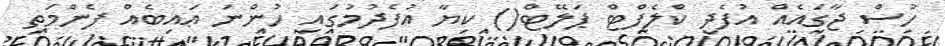
ހުސް ޖާގައެއް އުފެދި ކްލެފްޓް ޕަލޭޓް() ކިޔާ އުފެދުމުގައި ހުންނަ ޢައިބެއް ފެންމަތި